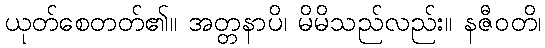
ယုတ်စေတတ်၏။ အတ္တနာပိ၊ မိမိသည်လည်း။ နဇီဝတိ၊